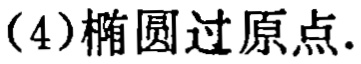
（4）椭圆过原点.